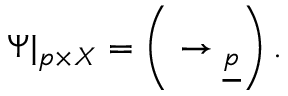
\Psi | _ { p \times X } = \left( \O \to \underline { { { \O _ { p } } } } \right) .